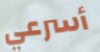
أسرعي